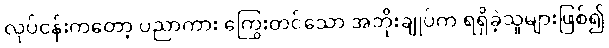
လုပ်ငန်းကတော့ ပညာကား ကြွေးတင်သော အဘိုးချုပ်က ရရှိခဲ့သူများဖြစ်၍